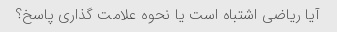
آیا ریاضی اشتباه است یا نحوه علامت گذاری پاسخ؟